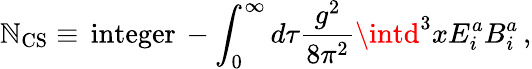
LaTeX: \mathbb{N}_{\mathrm{{CS}}}\equiv\, \mathrm{{integer}}\, -\int_{0}^{\infty}d\tau\frac{{g^{2}}}{{8\pi^{2}}}\intd^{3}xE_{i}^{a}B_{i}^{a}\, ,